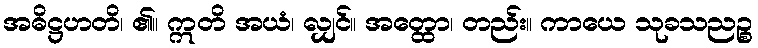
အဓိဋ္ဌဟတိ၊ ၏။ ဣတိ အယံ၊ လျှင်။ အတ္ထော၊ တည်း။ ကာယေ သုခသညဉ္စ